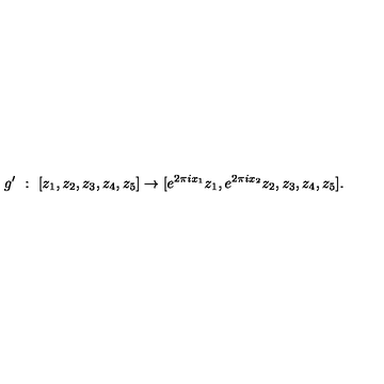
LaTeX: g ^ { \prime } \ : \ [ z _ { 1 } , z _ { 2 } , z _ { 3 } , z _ { 4 } , z _ { 5 } ] \rightarrow [ e ^ { 2 \pi i x _ { 1 } } { z _ { 1 } } , e ^ { 2 \pi i x _ { 2 } } { z _ { 2 } } , z _ { 3 } , z _ { 4 } , z _ { 5 } ] .